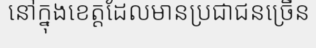
នៅក្នុងខេត្តដែលមានប្រជាជនច្រើន